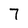
Character: 7